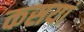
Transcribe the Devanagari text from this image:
कसयां